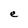
Character: e